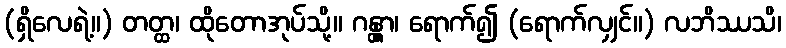
(ရှိလေရဲ့။) တတ္ထ၊ ထိုတောအုပ်သို့။ ဂန္တွာ၊ ရောက်၍ (ရောက်လျှင်။) လဘိဿသိ၊